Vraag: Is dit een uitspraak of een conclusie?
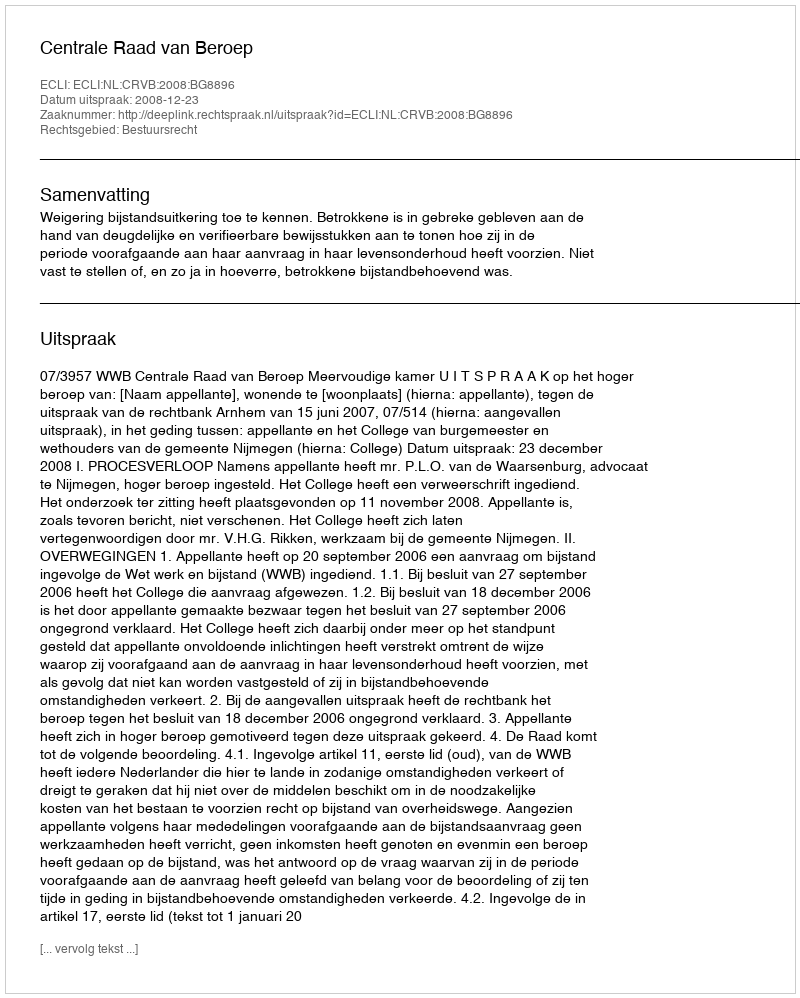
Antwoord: Uitspraak